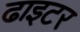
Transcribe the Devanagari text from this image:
ढाइटर